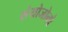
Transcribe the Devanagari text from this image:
संयोजोनो